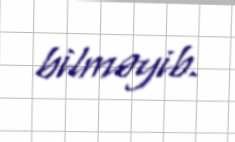
bilməyib.